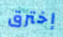
إخترق